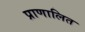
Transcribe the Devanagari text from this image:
प्राणालित